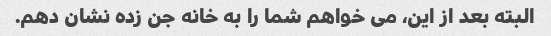
البته بعد از این، می خواهم شما را به خانه جن زده نشان دهم.